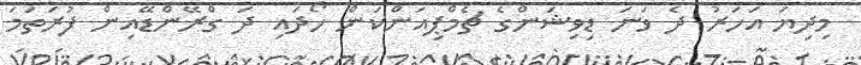
މިދިޔަ އަހަރު ދެ ވަނަ ޑިވިޝަންގެ ޗެމްޕިއަންކަން ހޯދައި ދަ ގްރޭންޑޭއިން ފުރަތަމަ